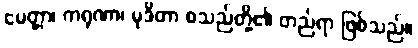
မေတ္တာ၊ ကရုဏာ၊ မုဒိတာ စသည်တို့၏ တည်ရာ ဖြစ်သည်။